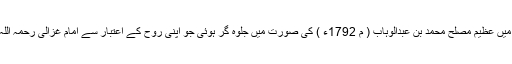
ان کی تعلیمات اور تجدید مساعی اٹھارویں صدی عیسوی کی ابتدا میں عظیم مصلح محمد بن عبدالوہاب ( م 1792ء ) کی صورت میں جلوہ گر ہوئی جو اپنی روح کے اعتبار سے امام غزالی رحمہ اللہ کے شاگرد محمد بن تومرت بر بر ( م 524ھ ) کے مشابہ تھے۔